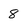
Character: 8